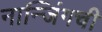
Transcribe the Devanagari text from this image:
नान्जिंगची